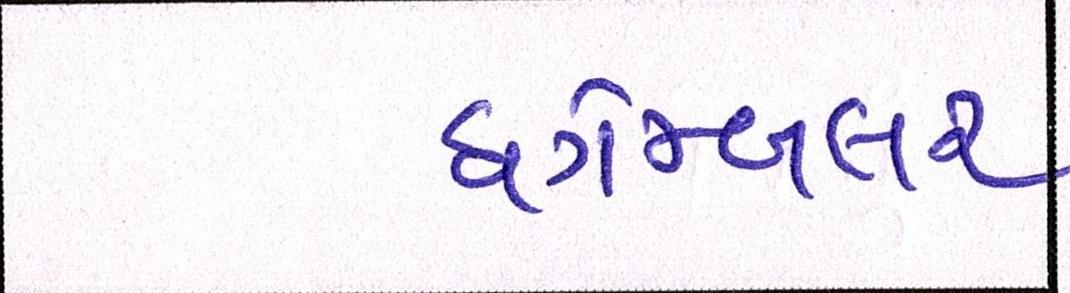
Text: ધગેમ્બલર